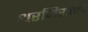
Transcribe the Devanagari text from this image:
धरणिरात्मा